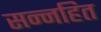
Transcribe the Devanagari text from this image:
सन्नहित